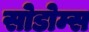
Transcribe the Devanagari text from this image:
सोडोम्स